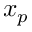
x _ { p }